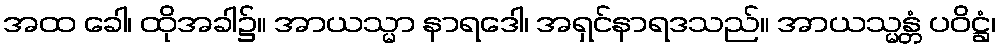
အထ ခေါ၊ ထိုအခါ၌။ အာယသ္မာ နာရဒေါ၊ အရှင်နာရဒသည်။ အာယသ္မန္တံ ပဝိဋ္ဌံ၊